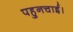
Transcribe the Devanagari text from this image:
पहुनचाई।